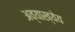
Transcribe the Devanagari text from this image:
अव्याख्येय